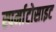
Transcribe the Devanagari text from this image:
स्पर्माटोसाइट